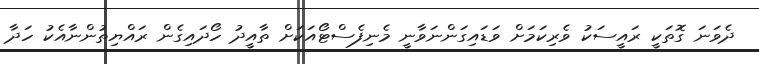
ދެވަަނަ ގޮތަކީ ރައީސަކު ވެރިކަމަށް ވަޑައިގަންނަވާނީ މެނިފެސްޓޯއަކަށް ތާއީދު ހޯދައިގެން ރައްޔިތުންނާއެކު ހަދާ